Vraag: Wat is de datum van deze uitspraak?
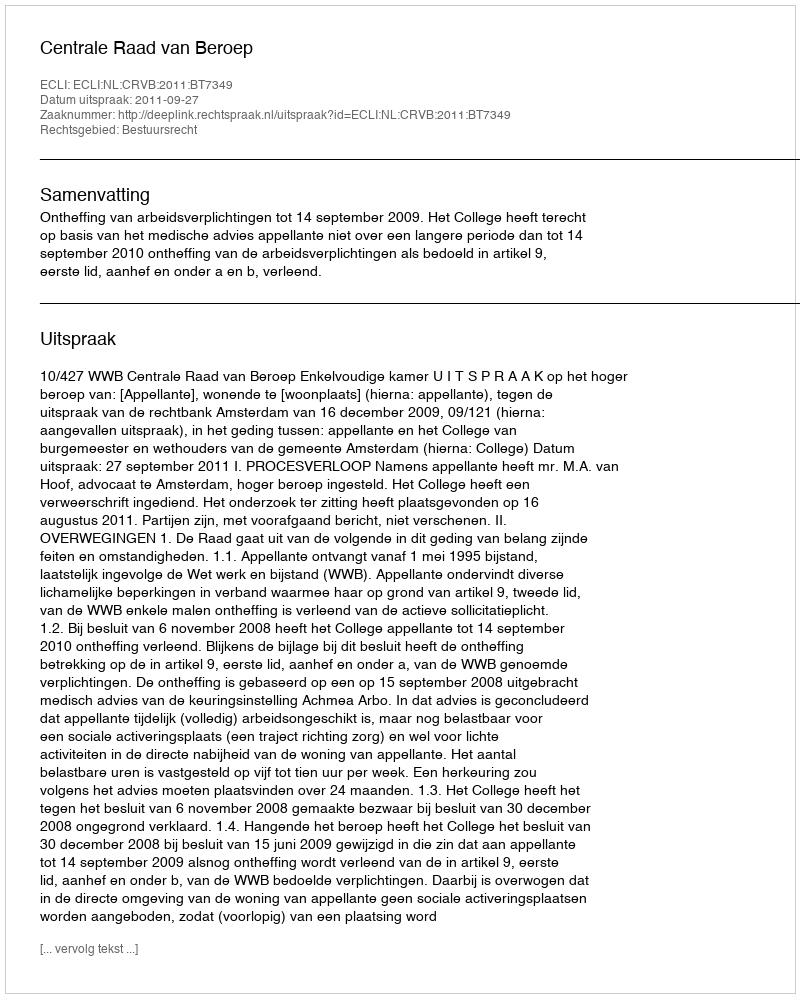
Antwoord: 2011-09-27